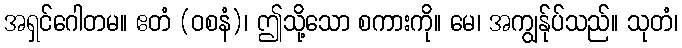
အရှင်ဂေါတမ။ ဧတံ (ဝစနံ)၊ ဤသို့သော စကားကို။ မေ၊ အကျွန်ုပ်သည်။ သုတံ၊